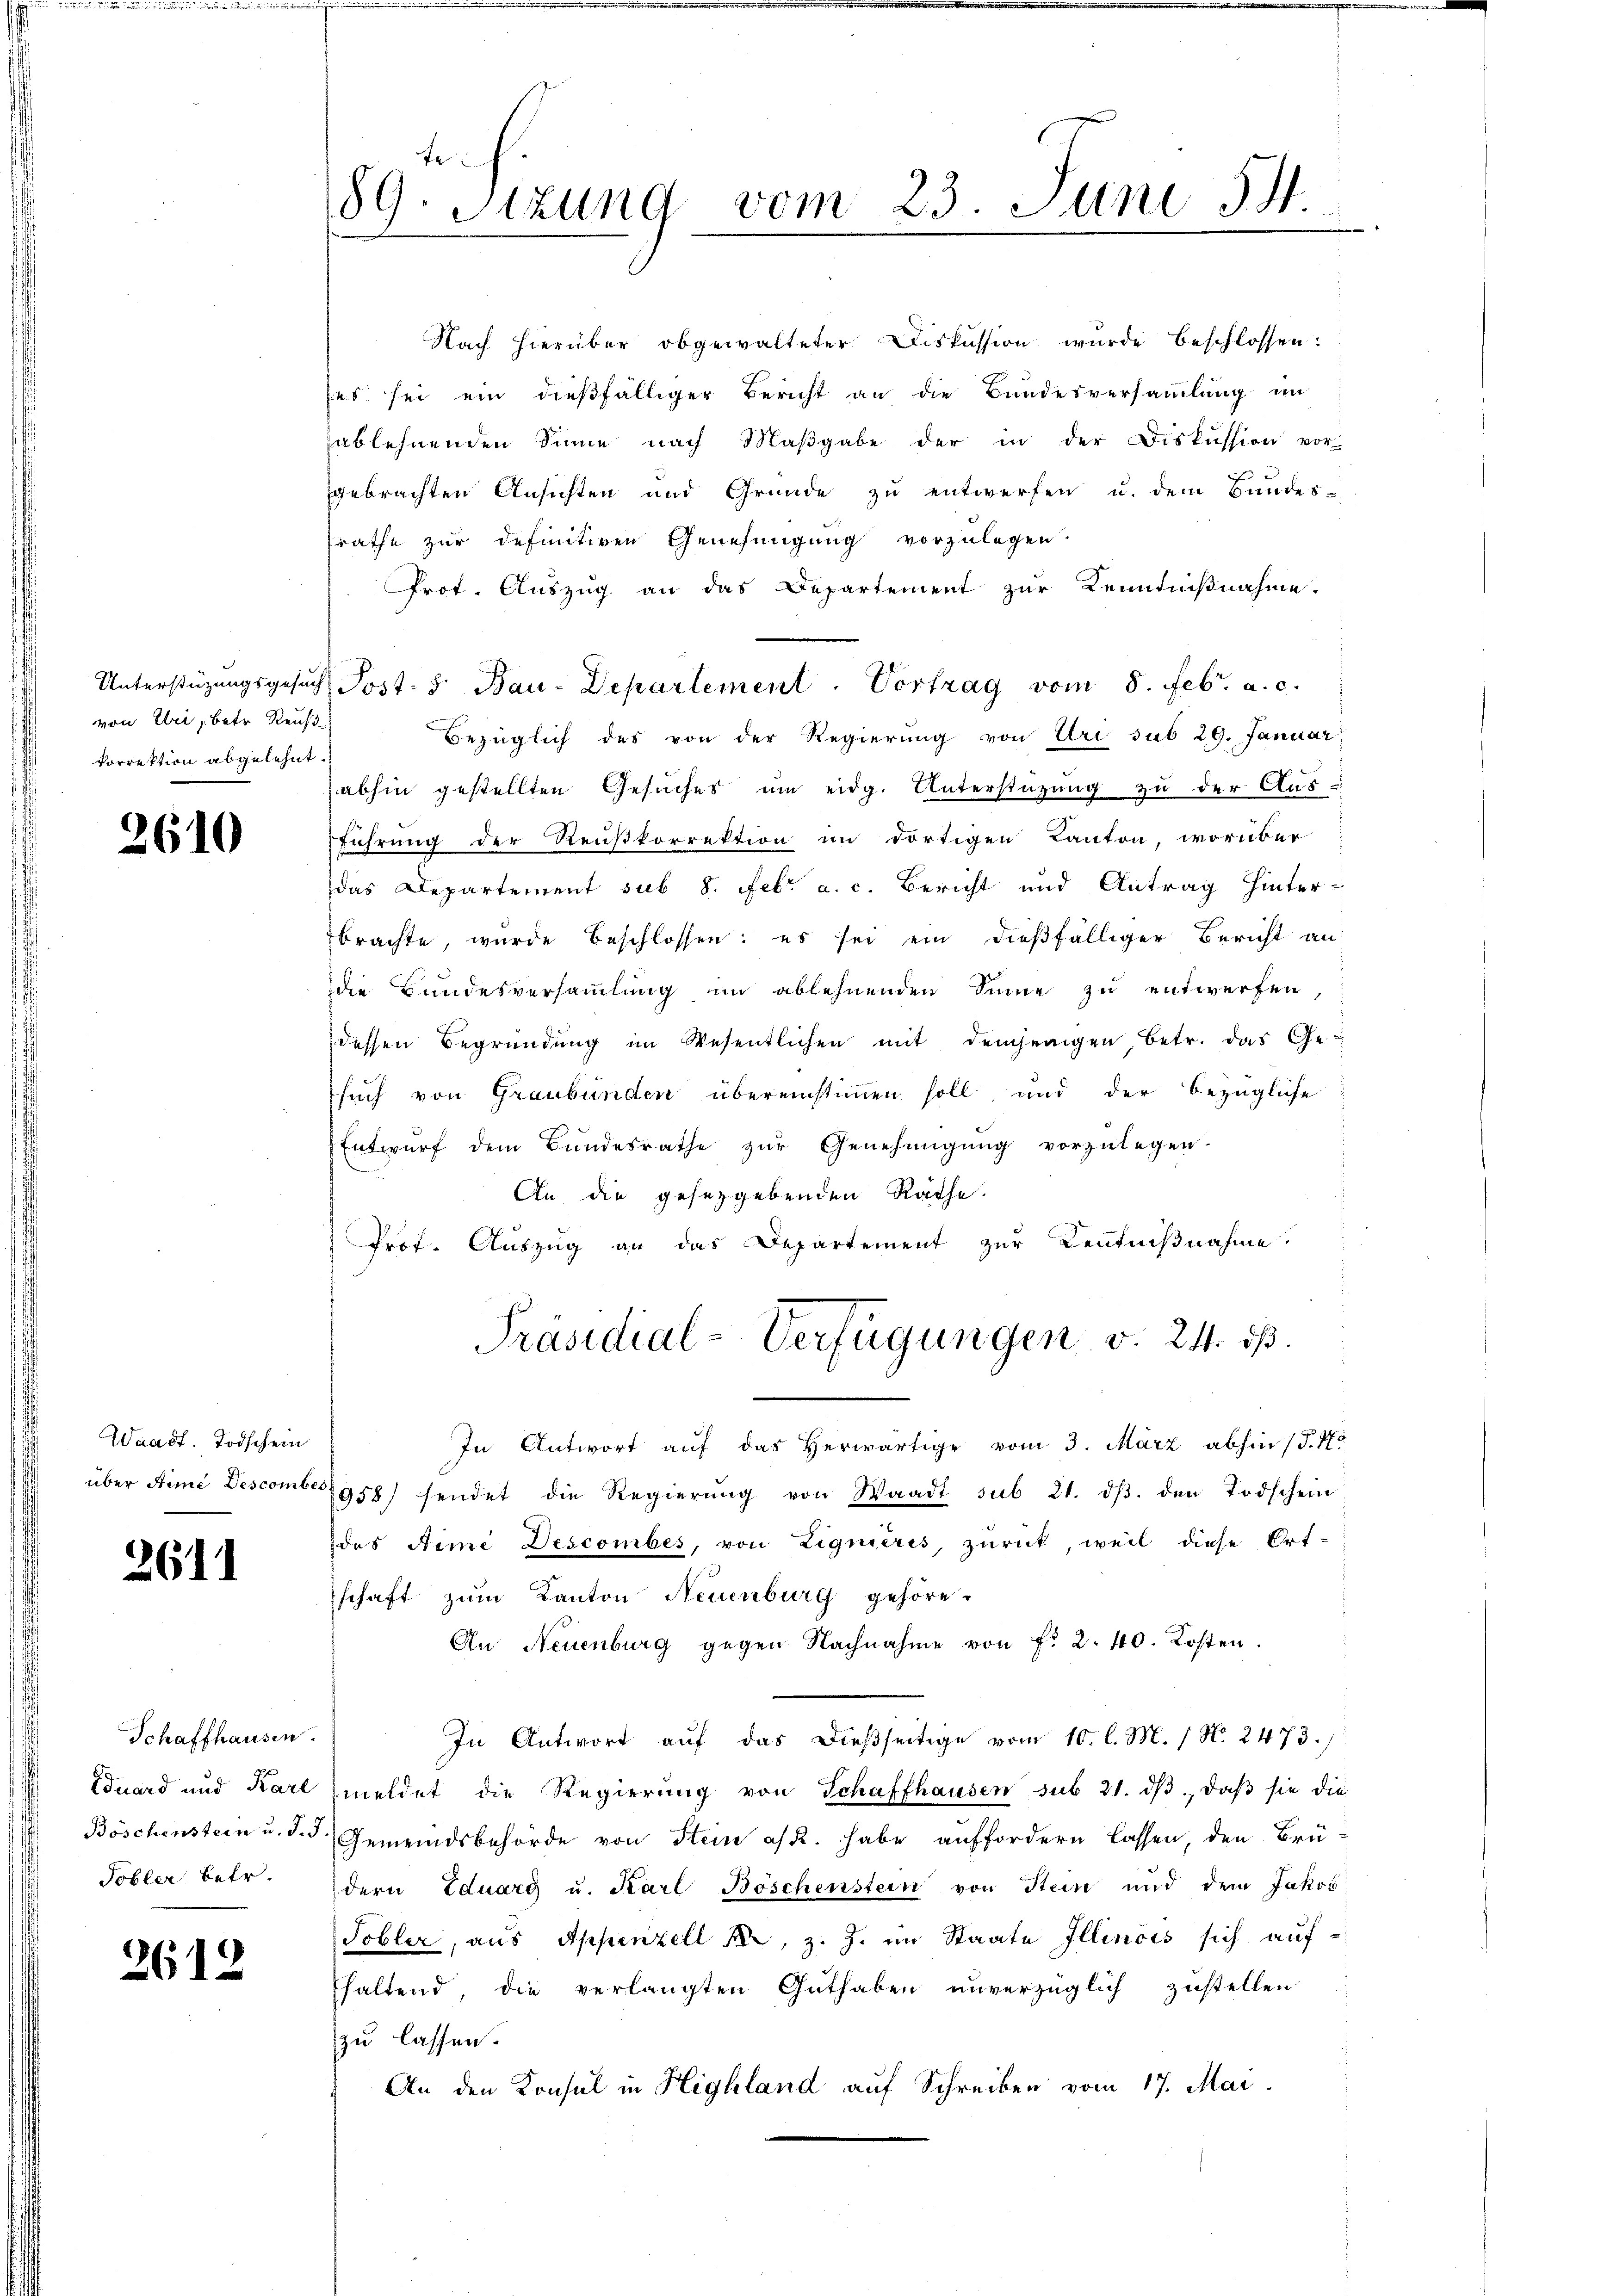
von Uri, betr. Reuß
Vorrektion abgelehnt.

2610

Waadt. Todschein
über die Descomber

2611

Schaffhausen.
Tobler betr.

2612

fe
89. Sizung vom 23. Juni 54
e

Nach hierüber obgewalteter Diskussion wurde beschlossen:
ses sei ein dießfälliger Bericht an die Bundesversammlung im
ablehnenden Sinne nach Maβgabe der in der Diskussion vor-
gebrachten Ansichten und Grunde zu entwerfen u. dem Bundes-
srathe zur definitiven Genehmigung vorzulegen.
Prot. Auszug an das Departement zur Kenntnißnahme.
Unterstüzungsgesuch, Post- & Bau-Departement. Vortrag vom 8. Febr. a. c.
Bezüglich des von der Regierung von Uri sub 29. Januar
abhin gestellten Gesuches um eidg. Unterstützung zu der Aus-
führung der Reußkorrektion im dortigen Kanton, worüber
das Departement sub 8. Febr. a. c. Bericht und Antrag hinterbrachte, wurde beschlossen: es sei ein dießfälliger Bericht an
die Bundesversammlung im ablehnenden Sinne zu entwerfen,
dessen Begründung im Wesentlichen mit demjenigen Betr. das Ge-
such von Graubünden übereinstimmen soll, und der bezügliche
Entwurf dem Bundesrathe zur Genehmigung vorzulegen.
An die gesetzgebenden Rathe.
Prof. Auszug an das Departement zur Kenntnißnahme,
Präsidial-Verfügungen v. 24. ds.
In Antwort auf das Herwärtige vom 3. März abhin (§. No
958) sendet die Regierung von Waadt sub 21. dβ. den Todschein
des Arme Descombes, von Lignieres, zurück, weil diese Ort-
schaft zum Kanton Neuenburg gehöre.
An Neuenburg gegen Nachnahme von f. 2. 40. Kosten.
In Antwort auf das dießseitige vom 10. l. M. / N. 2473.
Suard und Karl meldet die Regierŭng von Schaffhausen sub 21. dβ, daβ sie die
Böschenstein u. d. d. Gemeindsbehörde von Stein es k. habe auffordern lassen, den Brü-
dern Eduarg u. Karl Böschenstein von Stein und dem Jakob
Tobler, aus Appenzell A., z. Z. im Staate Illinois sich auf-
haltend, die verlangten Guthaben unverzüglich zustellen
zu lassen.
An den Konsul in Highland auf Schreiben vom 17. Mai.